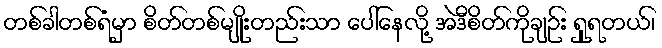
တစ်ခါတစ်ရံမှာ စိတ်တစ်မျိုးတည်းသာ ပေါ်နေလို့ အဲဒီစိတ်ကိုချဉ်း ရှုရတယ်၊